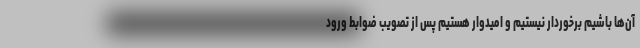
آن‌ها باشیم برخوردار نیستیم و امیدوار هستیم پس از تصویب ضوابط ورود